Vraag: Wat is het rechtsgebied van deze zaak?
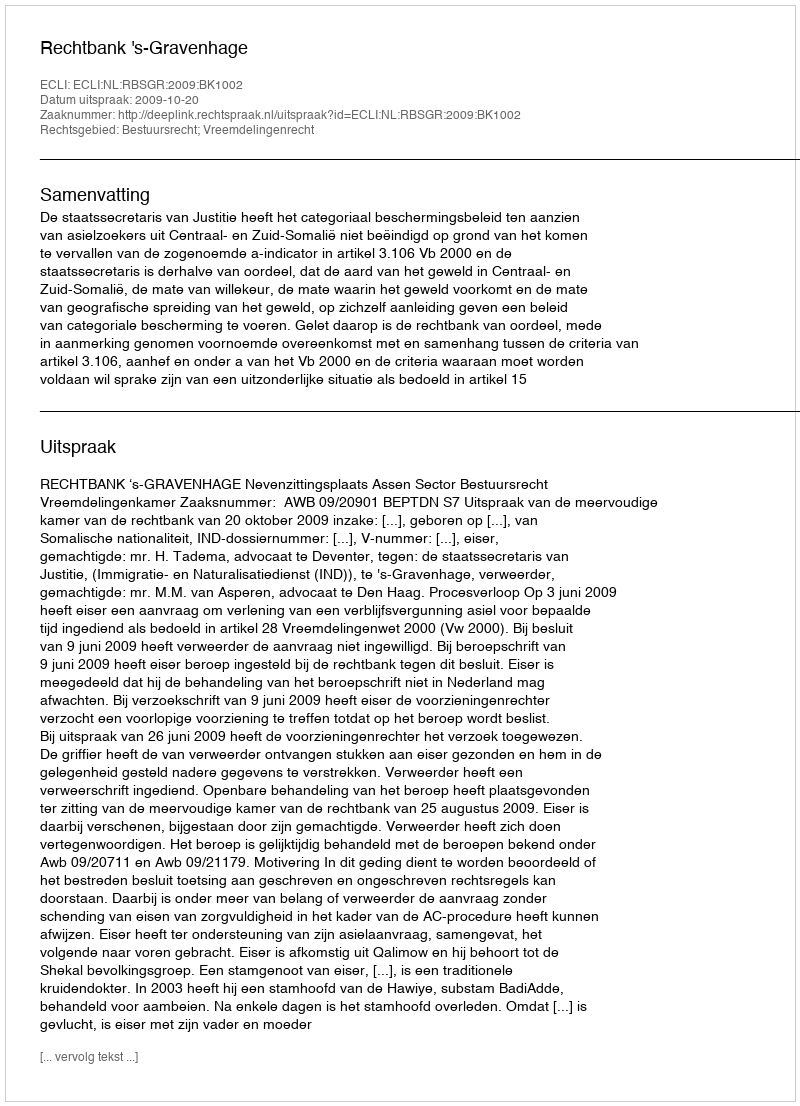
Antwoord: Bestuursrecht; Vreemdelingenrecht